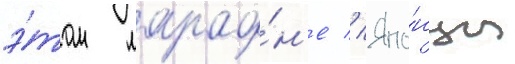
э́том марафо́н'е // Япо́нцы